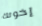
إخوتك